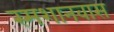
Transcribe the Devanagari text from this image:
स्मशानवास